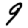
Digit: 9